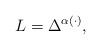
LaTeX: \begin{align*} L=\Delta^{\alpha(\cdot)},\end{align*}